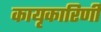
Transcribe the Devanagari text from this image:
कायृकारिणी